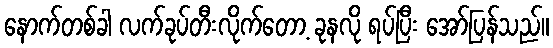
နောက်တစ်ခါ လက်ခုပ်တီးလိုက်တော့ ခုနလို ရပ်ပြီး အော်ပြန်သည်။